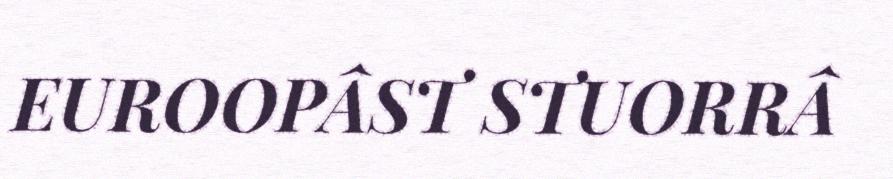
EUROOPÂST STUORRÂ